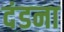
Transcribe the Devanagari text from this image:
दंडना